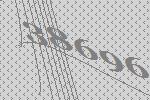
38696